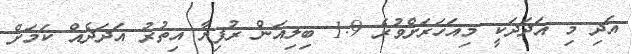
އަދި މި އަދަދަކީ މިއަހަރަށްވުރެ 1.9 ބިލިއަން ރުފިޔާ އިތުރު އަދަދެއް ކަމަށް